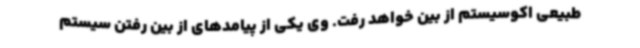
طبیعی اکوسیستم از بین خواهد رفت. وی یکی از پیامدهای از بین رفتن سیستم